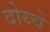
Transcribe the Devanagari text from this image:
दोय्चे